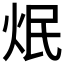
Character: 𤇜